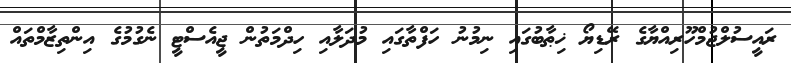
ރައީސުލްޖުމްހޫރިއްޔާގެ ރޭޑިޔޯ ޚިޠާބުގައި ނިމުނު ހަފްތާގައި މުދަލާއި ހިދްމަތުން ޖީއެސްޓީ ނެގުމުގެ އިންތިޒާމްތައް